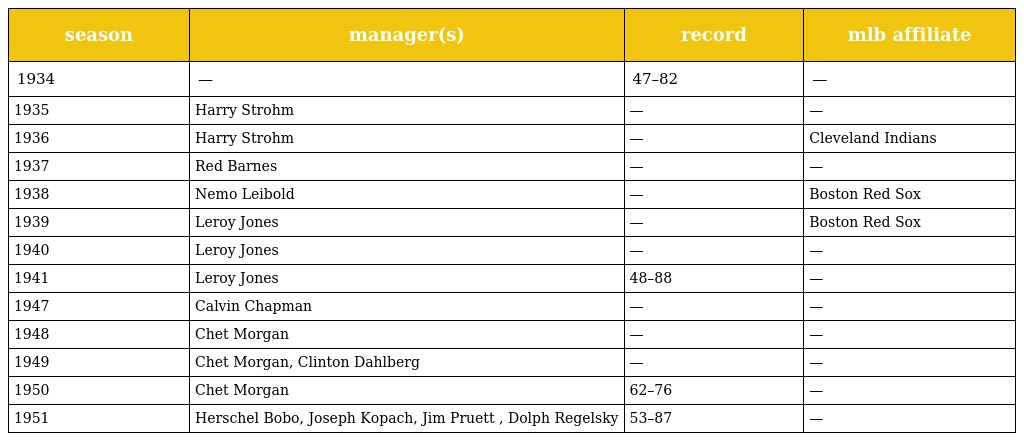
| season | manager(s) | record | mlb affiliate |
 | --- | --- | --- | --- |
 | 1934 | — | 47–82 | — |
 | 1935 | Harry Strohm | — | — |
 | 1936 | Harry Strohm | — | Cleveland Indians |
 | 1937 | Red Barnes | — | — |
 | 1938 | Nemo Leibold | — | Boston Red Sox |
 | 1939 | Leroy Jones | — | Boston Red Sox |
 | 1940 | Leroy Jones | — | — |
 | 1941 | Leroy Jones | 48–88 | — |
 | 1947 | Calvin Chapman | — | — |
 | 1948 | Chet Morgan | — | — |
 | 1949 | Chet Morgan, Clinton Dahlberg | — | — |
 | 1950 | Chet Morgan | 62–76 | — |
 | 1951 | Herschel Bobo, Joseph Kopach, Jim Pruett , Dolph Regelsky | 53–87 | — |